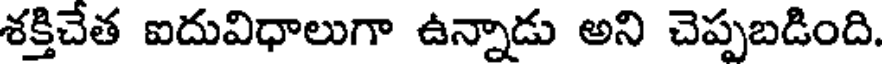
శక్తిచేత ఐదువిధాలుగా ఉన్నాడు అని చెప్పబడింది.